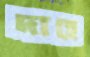
দাহে